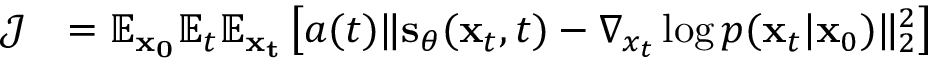
\begin{array} { r l } { \mathcal { J } } & { = \mathbb { E } _ { \mathbf { x _ { 0 } } } \mathbb { E } _ { t } \mathbb { E } _ { \mathbf { x _ { t } } } \left[ a ( t ) \lVert \mathbf { s } _ { \theta } ( \mathbf { x } _ { t } , t ) - \nabla _ { x _ { t } } \log p ( \mathbf { x } _ { t } | \mathbf { x } _ { 0 } ) \rVert _ { 2 } ^ { 2 } \right] } \end{array}